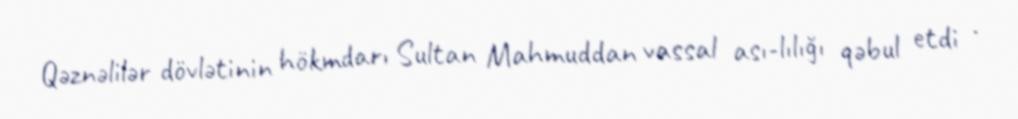
Qəznəlilər dövlətinin hökmdarı Sultan Mahmuddan vassal ası-lılığı qəbul etdi .